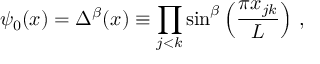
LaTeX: \psi _ { 0 } ( x ) = \Delta ^ { \beta } ( x ) \equiv \prod _ { j < k } \sin ^ { \beta } \left( \frac { \pi x _ { j k } } { L } \right) \, ,